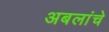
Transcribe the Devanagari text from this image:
अबलांचे